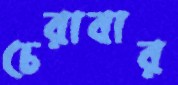
চেরাবার